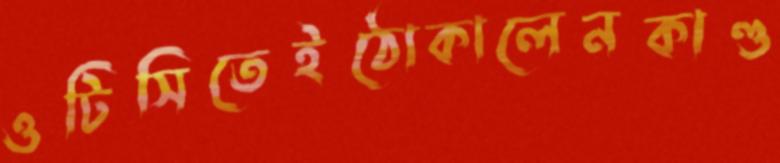
ওটিসিতেইঠোকালেনকাণ্ড